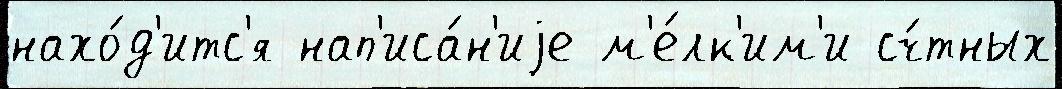
нахо́д'итс'я нап'иса́н'иjе м'е́лк'им'и сч́тных